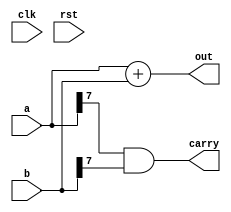
module adder #(parameter width = 8)(
    input clk,  // clock
    input rst,  // reset
    input[width-1:0] a,
    input[width-1:0] b,
    output[width-1:0] out,
    output carry
  );

  /* Combinational Logic */
  always @* begin
    out = a+b;
    carry = a[width-1] & b[width-1];
  end
  
  
endmodule